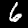
Label: 6